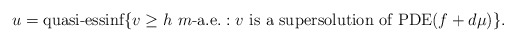
\begin{align*}u= \mbox{\rm quasi-essinf}\{v\ge h\,\, m\mbox{-a.e.}: v\mbox{ is a supersolution of \rm PDE}(f+d\mu)\}.\end{align*}